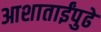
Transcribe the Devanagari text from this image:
आशाताईंपुढे